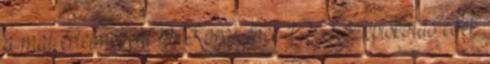
a mai értelmében. 1.1 Korai évek 1.2 Középiskolás évek